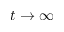
t \to \infty